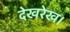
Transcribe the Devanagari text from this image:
देखरेख।